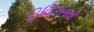
ડિવિઝનથી